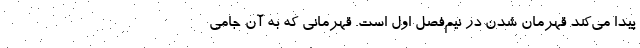
پیدا می‌کند قهرمان شدن در نیم‌فصل اول است. قهرمانی‌ که به آن جامی